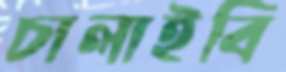
চালাইবি